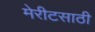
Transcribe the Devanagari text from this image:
मेरीटसाठी